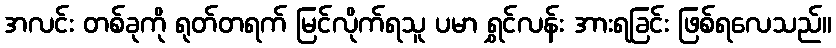
အလင်း တစ်ခုကို ရုတ်တရက် မြင်လိုက်ရသူ ပမာ ရွှင်လန်း အားရခြင်း ဖြစ်ရလေသည်။